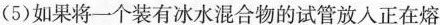
(5)如果将一个装有冰水混合物的试管放入正在熔